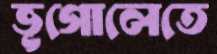
ভূগোলেতে